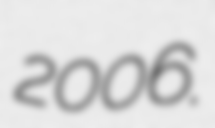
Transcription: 2006.